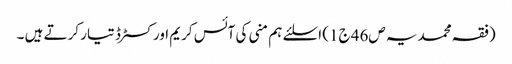
(فقہ محمدیہ ص46 ج1) اسلئے ہم منی کی آئس کریم اور کسٹرڈ تیار کرتے ہیں ۔